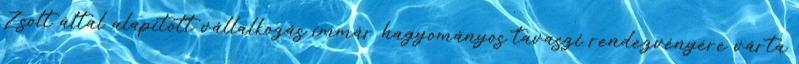
Zsolt által alapított vállalkozás immár hagyományos tavaszi rendezvényére várta